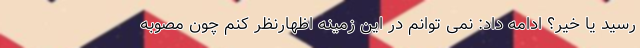
رسید یا خیر؟ ادامه داد: نمی توانم در این زمینه اظهارنظر کنم چون مصوبه